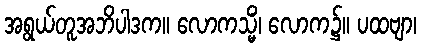
အရွယ်တူအဘိပါဒက။ လောကသ္မိံ၊ လောက၌။ ပထဗျာ၊